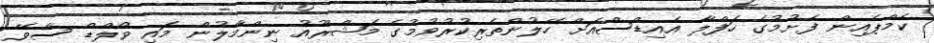
ކެމްޕެއިން ފެށުމުގެ ހަފްލާ އެއިޑްސްއަށް ހޭލުންތެރިކުރުވުމުގެ މަޝްރޫއު ނިންމާލުން މައި ވޯލްޑް ސާވޭ